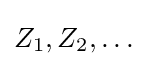
Z_{1},Z_{2},\dots